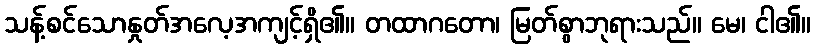
သန့်စင်သောနှုတ်အလေ့အကျင့်ရှိ၏။ တထာဂတော၊ မြတ်စွာဘုရားသည်။ မေ၊ ငါ၏။